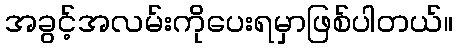
အခွင့်အလမ်းကိုပေးရမှာဖြစ်ပါတယ်။